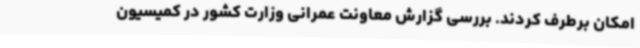
امکان برطرف کردند. بررسی گزارش معاونت عمرانی وزارت کشور در کمیسیون